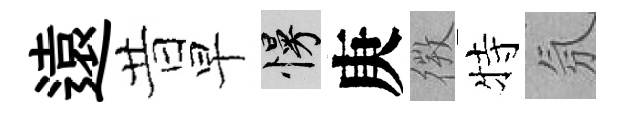
遠昔早慢庚𢕄特氛